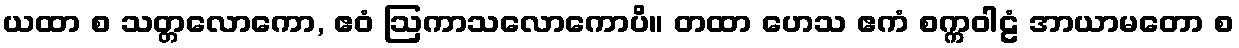
ယထာ စ သတ္တလောကော, ဧဝံ ဩကာသလောကောပိ။ တထာ ဟေသ ဧကံ စက္ကဝါဠံ အာယာမတော စ